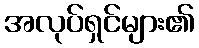
အလုပ်ရှင်များ၏